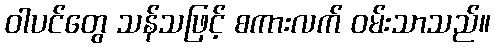
ဝါပင်တွေ သန်သဖြင့် စကားလက် ဝမ်းသာသည်။